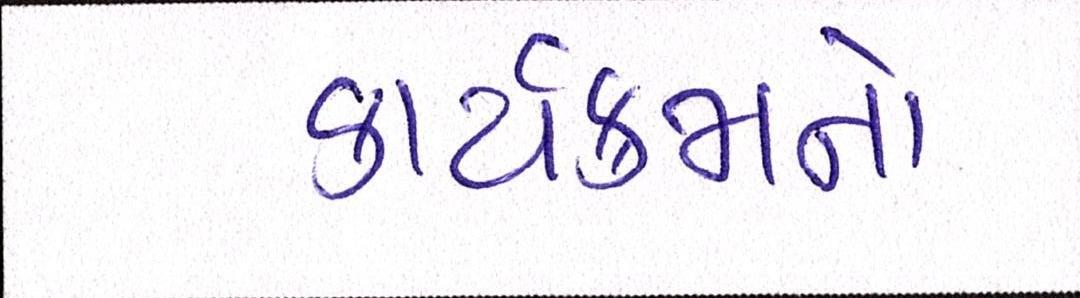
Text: કાર્યક્રમનો